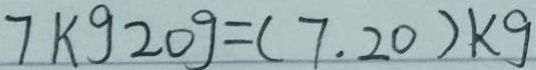
7 k g 2 0 g = ( 7 . 2 0 ) k g